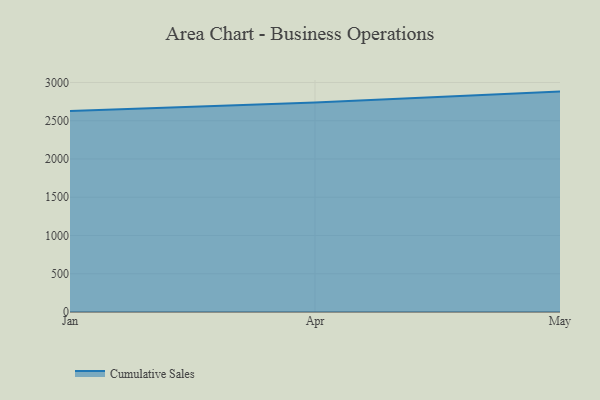
{"axis": {"x": "Month", "y": "Shipments"}, "legend": ["Cumulative Sales"], "data": [{"x": "Jan", "y": 2628.7, "type": "Cumulative Sales"}, {"x": "Apr", "y": 2739.9, "type": "Cumulative Sales"}, {"x": "May", "y": 2880.9, "type": "Cumulative Sales"}]}